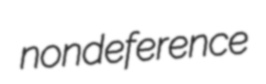
nondeference